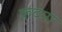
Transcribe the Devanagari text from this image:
कदमा